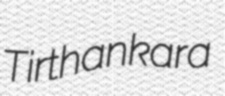
Tirthankara